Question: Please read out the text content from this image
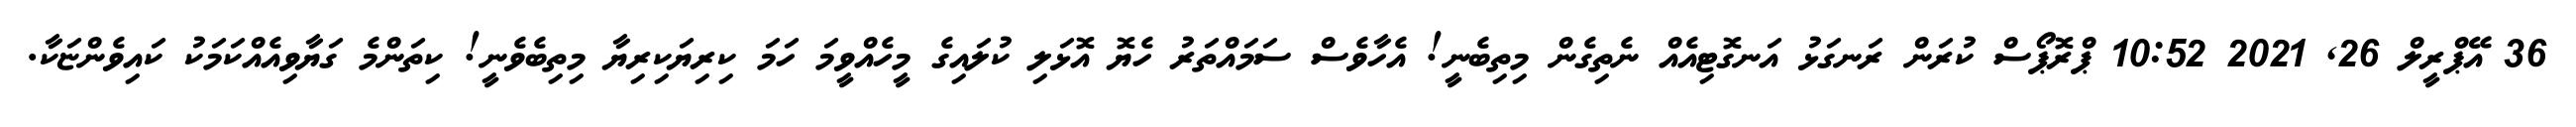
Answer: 36 އޭޕްރީލް 26, 2021 10:52 ޕްރޮޕޯސް ކުރަން ރަނގަޅު އަނގޮޓިއެއް ނެތިގެން މިތިބެނީ! އެހާވެސް ސަމައްތަރު ހެޔޮ އޮޅަލި ކުލައިގެ މީހެއްވީމަ ހަމަ ކިރިޔަކިރިޔާ މިތިބެވެނީ! ކިތަންމެ ގަޔާވިއެއްކަމަކު ކައިވެންޏަކާ.